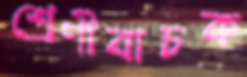
শ্রেণীবাচক